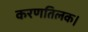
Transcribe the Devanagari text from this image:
करणतिलक।